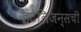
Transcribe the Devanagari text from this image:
इंटेलिजन्सची